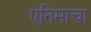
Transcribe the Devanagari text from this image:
एनिमाचा